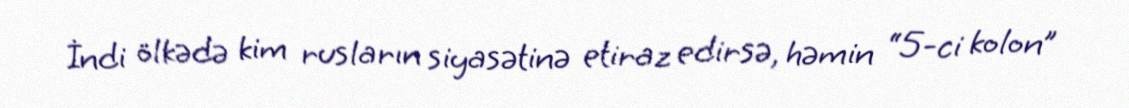
İndi ölkədə kim rusların siyasətinə etiraz edirsə, həmin “5-ci kolon”